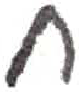
אות: ח